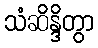
သံဆိန္ဒိတွာ